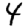
Digit: 4